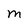
Character: M